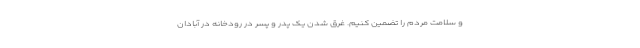
و سلامت مردم را تضمین کنیم. غرق شدن یک پدر و پسر در رودخانه در آبادان